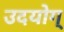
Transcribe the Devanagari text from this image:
उदयोग्